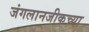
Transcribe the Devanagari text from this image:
जंगलानजीकच्या